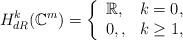
LaTeX: \begin{align*}H_{dR}^k(\mathbb{C}^m)=\left\{\begin{array}{ll}\mathbb{R}, & k=0,\\0,, &k\geq 1,\end{array}\right.\end{align*}